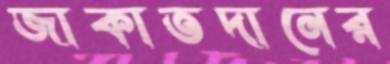
জাকাতদানের